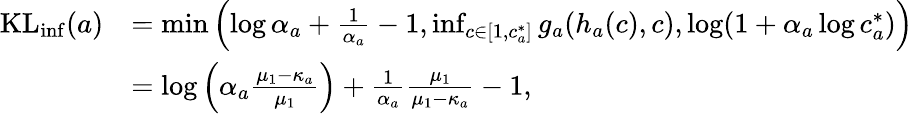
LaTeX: \begin{array}{rl}{\mathrm{KL}_{\mathrm{inf}}(a)}&{=\operatorname*{min}\left(\log\alpha_{a}+\frac{1}{\alpha_{a}}-1,\operatorname*{inf}_{c\in[1,c_{a}^{*}]}g_{a}(h_{a}(c),c),\log(1+\alpha_{a}\log c_{a}^{*})\right)}\\ &{=\log\left(\alpha_{a}\frac{\mu_{1}-\kappa_{a}}{\mu_{1}}\right)+\frac{1}{\alpha_{a}}\frac{\mu_{1}}{\mu_{1}-\kappa_{a}}-1,}\end{array}